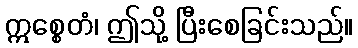
ဣစ္စေတံ၊ ဤသို့ ပြီးစေခြင်းသည်။